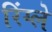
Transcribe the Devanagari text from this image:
रिंग्ले